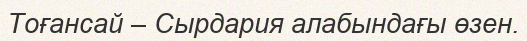
Тоғансай – Сырдария алабындағы өзен.